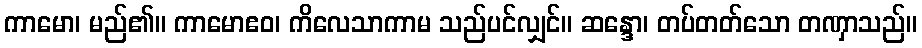
ကာမော၊ မည်၏။ ကာမောဧဝ၊ ကိလေသာကာမ သည်ပင်လျှင်။ ဆန္ဒော၊ တပ်တတ်သော တဏှာသည်။